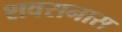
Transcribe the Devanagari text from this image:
शवसनास